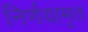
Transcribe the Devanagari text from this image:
निर्णयामृत